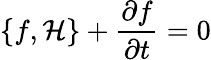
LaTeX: \{ f,{\mathcal{H}}\} +{\frac{\partial f}{\partial t}}=0